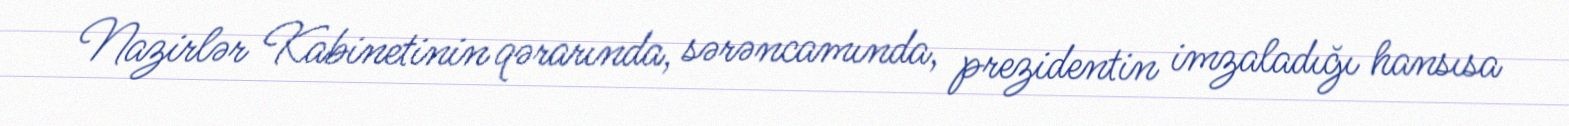
Nazirlər Kabinetinin qərarında, sərəncamında, prezidentin imzaladığı hansısa